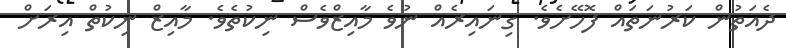
ދެއަތުން ކަރުނަތައް ފޮހޭށެވެ. ގިނައިރެއް ނުވެ މާއިޒްވެސް ނިކުތެވެ. މާއިޒް ނިކުތް އިރަށް